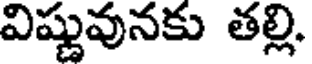
విష్ణువునకు తల్లి,